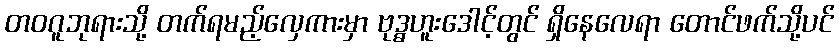
တဝဂူဘုရားသို့ တက်ရမည့်လှေကားမှာ ဗုဒ္ဓဟူးဒေါင့်တွင် ရှိနေလေရာ တောင်ဖက်သို့ပင်